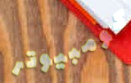
كومبيوتر